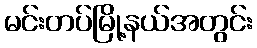
မင်းတပ်မြို့နယ်အတွင်း